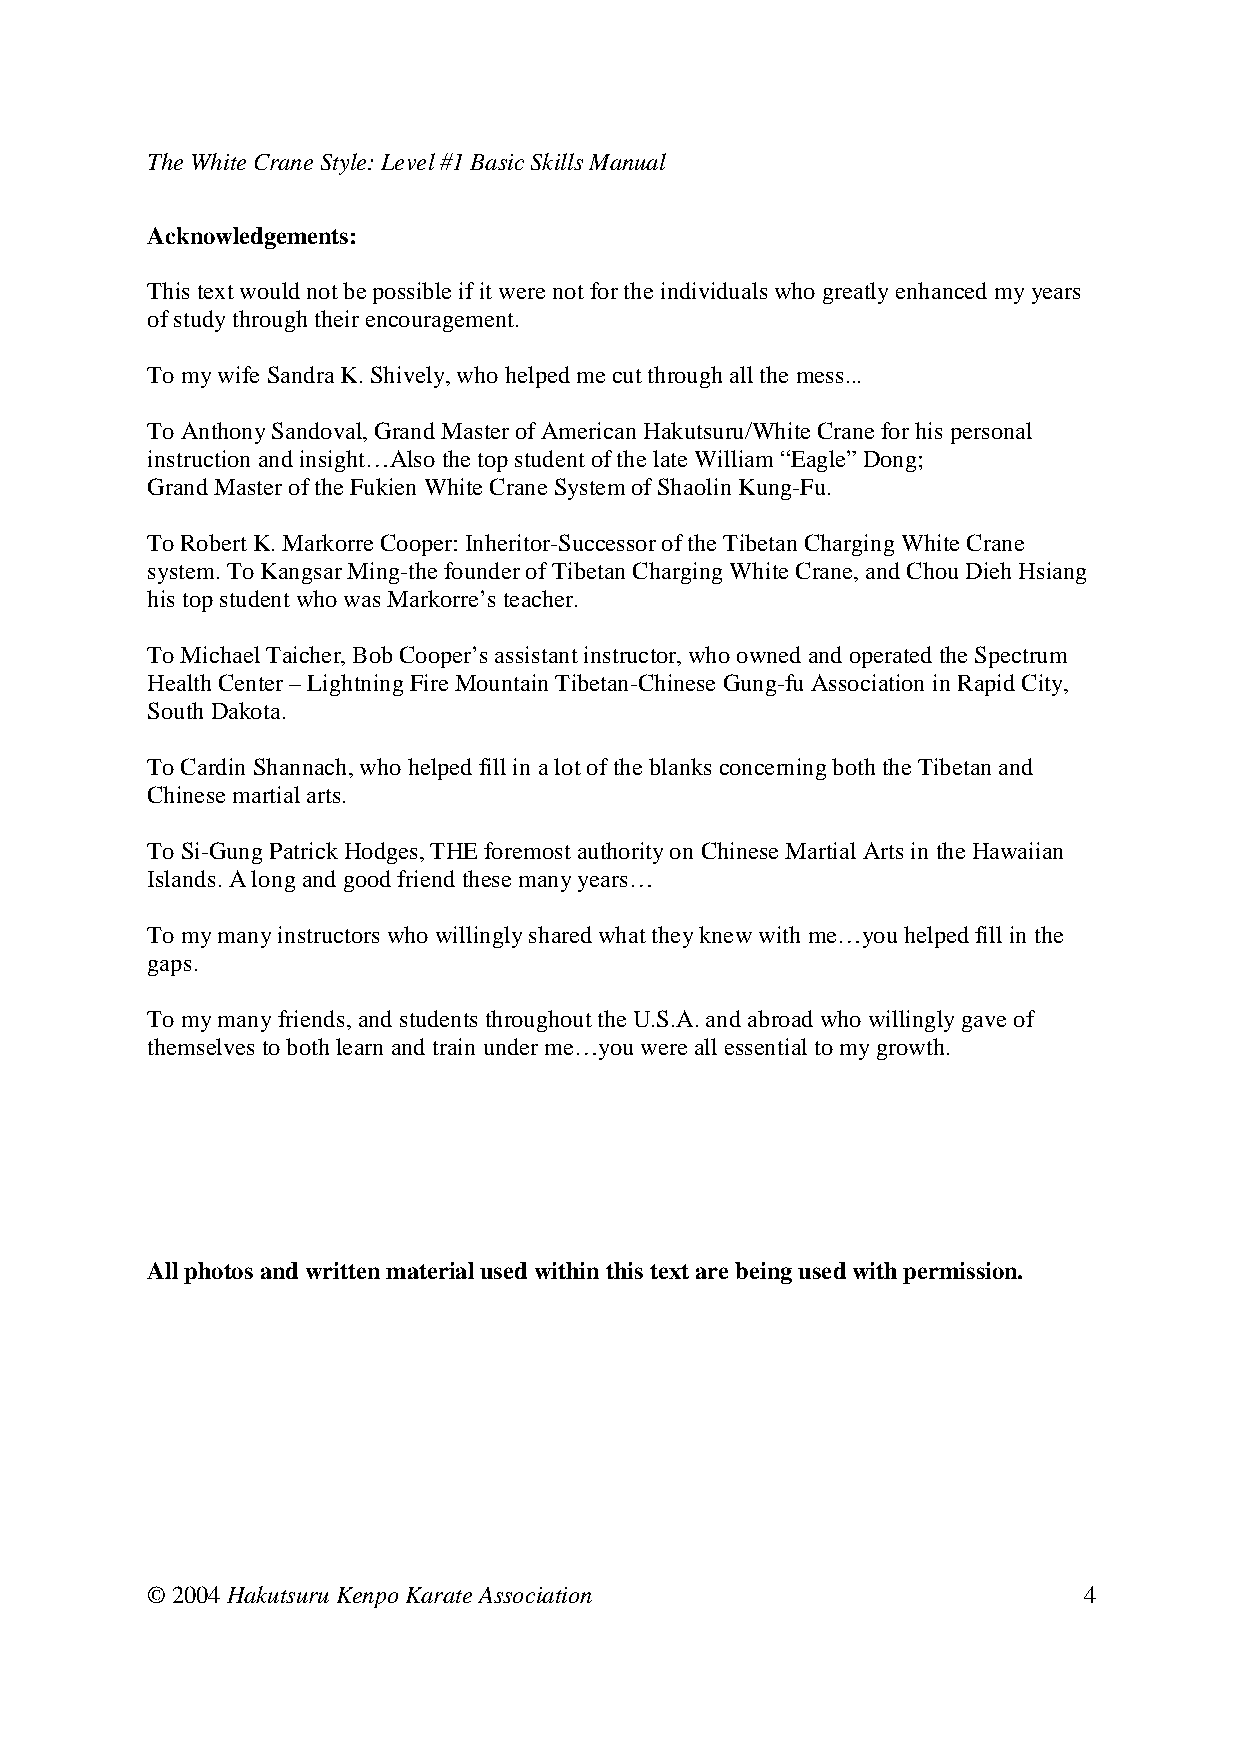
The White Crane Style: Level #1 Basic Skills Manual
 Acknowledgements:
 This text would not be possible if it were not for the individuals who greatly enhanced my years
 of study through their encouragement.
 To my wife Sandra K. Shively, who helped me cut through all the mess...
 To Anthony Sandoval, Grand Master of American Hakutsuru/White Crane for his personal
 instruction and insight…Also the top student of the late William “Eagle” Dong;
 Grand Master of the Fukien White Crane System of Shaolin Kung-Fu.
 To Robert K. Markorre Cooper: Inheritor-Successor of the Tibetan Charging White Crane
 system. To Kangsar Ming-the founder of Tibetan Charging White Crane, and Chou Dieh Hsiang
 his top student who was Markorre’s teacher.
 To Michael Taicher, Bob Cooper’s assistant instructor, who owned and operated the Spectrum
 Health Center – Lightning Fire Mountain Tibetan-Chinese Gung-fu Association in Rapid City,
 South Dakota.
 To Cardin Shannach, who helped fill in a lot of the blanks concerning both the Tibetan and
 Chinese martial arts.
 To Si-Gung Patrick Hodges, THE foremost authority on Chinese Martial Arts in the Hawaiian
 Islands. A long and good friend these many years…
 To my many instructors who willingly shared what they knew with me…you helped fill in the
 gaps.
 To my many friends, and students throughout the U.S.A. and abroad who willingly gave of
 themselves to both learn and train under me…you were all essential to my growth.
 All photos and written material used within this text are being used with permission.
 © 2004 Hakutsuru Kenpo Karate Association                     4